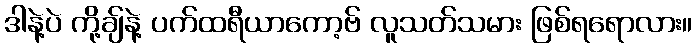
ဒါနဲ့ပဲ ကို့ချ်နဲ့ ပက်ထရီယာကော့ဗ် လူသတ်သမား ဖြစ်ရရောလား။